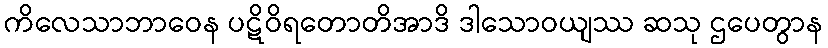
ကိလေသာဘာဝေန ပဋိဝိရတောတိအာဒိ ဒါသောဝယျဿ ဆသု ဌပေတွာန